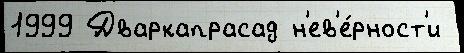
1999 Дваркапрасад н'ев'е́рност'и